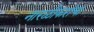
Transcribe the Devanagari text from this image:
नारळीकरांचा